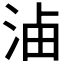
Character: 𣵔